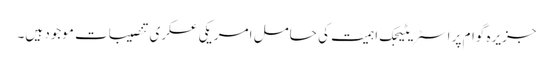
جزیرہ گوام پر اسٹریٹیجک اہمیت کی حامل امریکی عسکری تنصیبات موجود ہیں۔